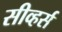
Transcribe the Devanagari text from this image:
सीव्हर्स